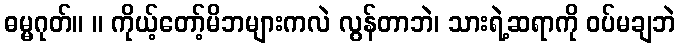
ဓမ္မဂုတ်။ ။ ကိုယ့်တော့်မိဘများကလဲ လွန်တာဘဲ၊ သားရဲ့ဆရာကို ဝပ်မချဘဲ